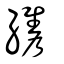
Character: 纗